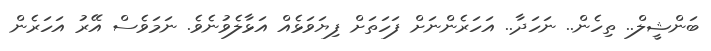
ބަންޝީލް.. ތިހެން.. ނަހަދާ.. އަހަރެންނަށް ފަހަތަށް ފިޔަވަޅެއް އަޅާލެވުނެވެ. ނަމަވެސް އޭރު އަހަރެން